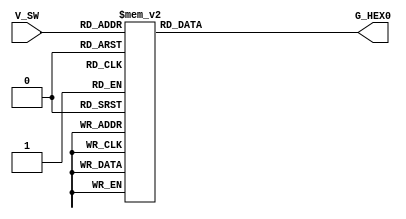
module bcd2sseg (V_SW, G_HEX0);
// Archivo de prueba usado para LabsLand dado a que usan una FPGA diferente
	//su sistema exige ciertos cambios como la definicion de las entradas y salidas
   input wire [3:0] V_SW;
   output wire [6:0] G_HEX0;

    reg [6:0] SSeg;
    wire [3:0]  BCD;
    // asigna el nombre de las entradas y salidas al nmbre correspondiente de los cables en el archivo de la FPGA.
    assign BCD =V_SW;
    assign G_HEX0 = SSeg;


always @ ( * ) begin
  case (BCD)
// se cambiaron(se invirtieron) los numeros binaros con respecto al primer archivo
// dado que el 7Seg en este es anodo comn se mostraban los numeros y las letras al reves.
    	4'b0000: SSeg = 7'b1000000; // "0"  
	4'b0001: SSeg = 7'b1111001; // "1" 
	4'b0010: SSeg = 7'b0100100; // "2" 
	4'b0011: SSeg = 7'b0110000; // "3" 
	4'b0100: SSeg = 7'b0011001; // "4" 
	4'b0101: SSeg = 7'b0010010; // "5" 
	4'b0110: SSeg = 7'b0000010; // "6" 
	4'b0111: SSeg = 7'b1111000; // "7" 
	4'b1000: SSeg = 7'b0000000; // "8"  
	4'b1001: SSeg = 7'b0011000; // "9" 
   4'ha: SSeg = 7'b0001000;  
   4'hb: SSeg = 7'b0000011;
   4'hc: SSeg = 7'b0100111;
   4'hd: SSeg = 7'b0100001;
   4'he: SSeg = 7'b0000100;
   4'hf: SSeg = 7'b0001110;
    default:
    SSeg = 0;
  endcase
end

endmodule